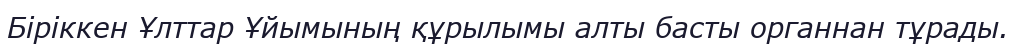
Біріккен Ұлттар Ұйымының құрылымы алты басты органнан тұрады.